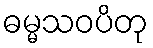
ဓမ္မသဝပိတု